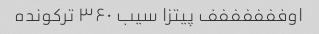
اوففففففف پیتزا سیب ۳۶۰ ترکونده